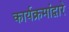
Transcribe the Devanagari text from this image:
कार्यक्रमांद्वारे